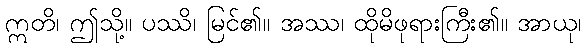
ဣတိ၊ ဤသို့။ ပဿိ၊ မြင်၏။ အဿ၊ ထိုမိဖုရားကြီး၏။ အာယု၊